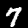
Digit: 7